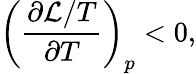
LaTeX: \left(\frac{\partial\mathcal{L}/T}{\partial T}\right)_{p}<0,